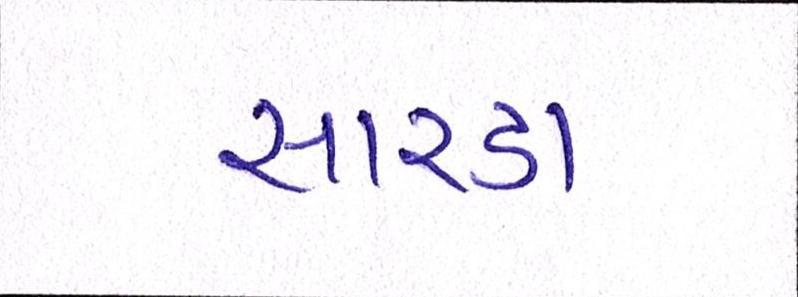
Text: સારડા